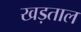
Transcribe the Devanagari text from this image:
खड़ताल